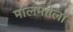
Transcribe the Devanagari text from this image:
मालमत्तेला